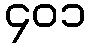
၄၀၁